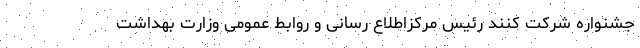
جشنواره شرکت کنند رئیس مرکزاطلاع رسانی و روابط عمومی وزارت بهداشت